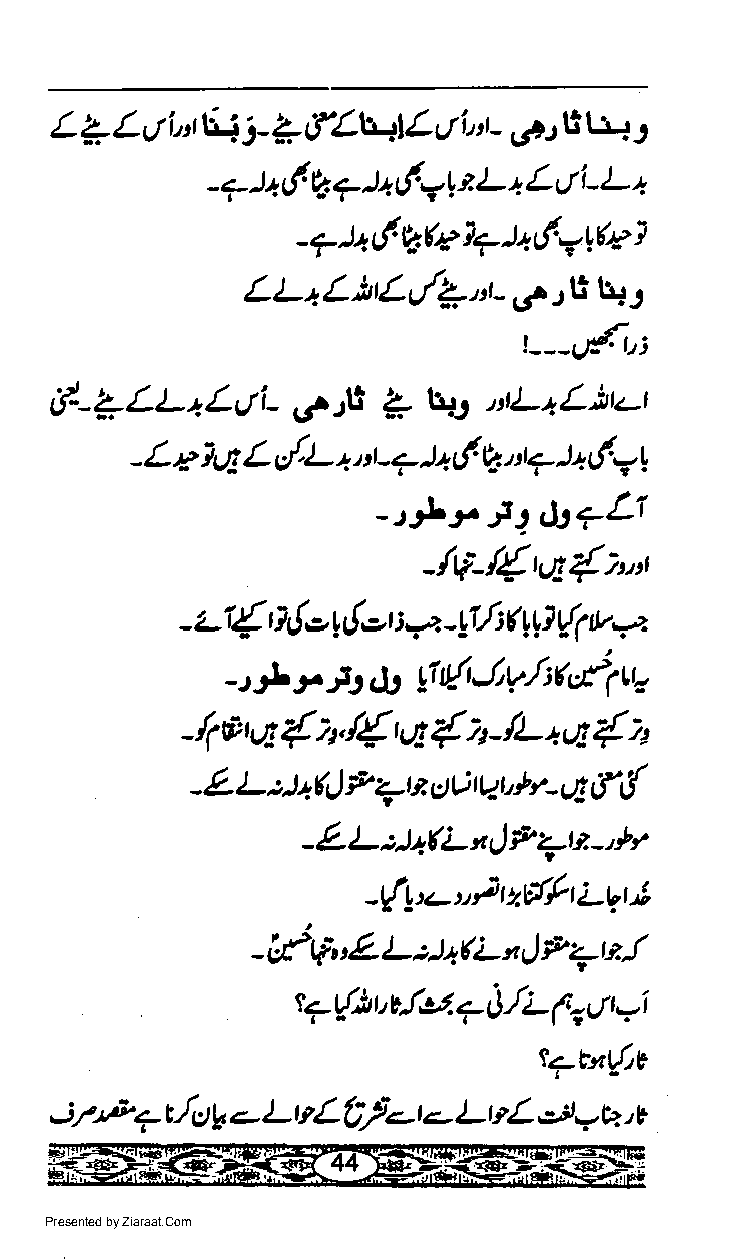
Ltli,rv     fL\tLcti"t         tr.l:
 L ?          i- ?              .rrr ti
 ? )1 6 ? )1 6yt t L q L tti- L +
 -      V.
 -rt+6VQ1*ta!71tu1
 LL   L nE  t/+,,r-,re : L' t]+ r
 +
 r--g{r,i
 tl--ZZl-+Zrti-        ?  trs tLaL)rz:
 r..rli
 - L e -4I L,/.L +,t7 t+ 6 Q n4 ) + (' 7 |
 -t*r.f
 2,ss+L1
 -/tF-/{q{i,'t
 z4                        ua
 -     E { o ulot t a -yI/ :( yr,1 tft
 * r  js       JV/:4t'12
 - t      dt  tl tt/- t
 /{
 /1ttq { i2.  a  { z lL +,8 { ;t
 -             r     -
 f ({
 - t!- L :.t +6J P +t t ct t: nzr'* , t- ct
 -LLila(LxlP4lt-'*t
 -{!tcu}r2Pfit2-rr1;
 if tf &- L :la ( L n,) ;b 7n !
 -    ,
 rft                yi
 t 7  r, v! ,u. 7 0./L p, rt r
 t?Ertft
 ;rF   + t/u b - L tt L 0f -t e LvL 4 7 h.r t
 Presented by Ziaraat.Com